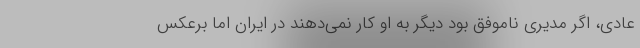
عادی، اگر مدیری ناموفق بود دیگر به او کار نمی‌دهند در ایران اما برعکس